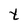
Character: t